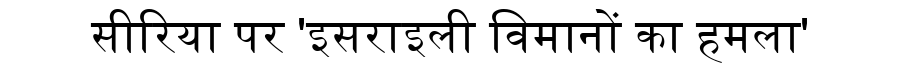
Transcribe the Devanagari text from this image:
सीरिया पर 'इसराइली विमानों का हमला'